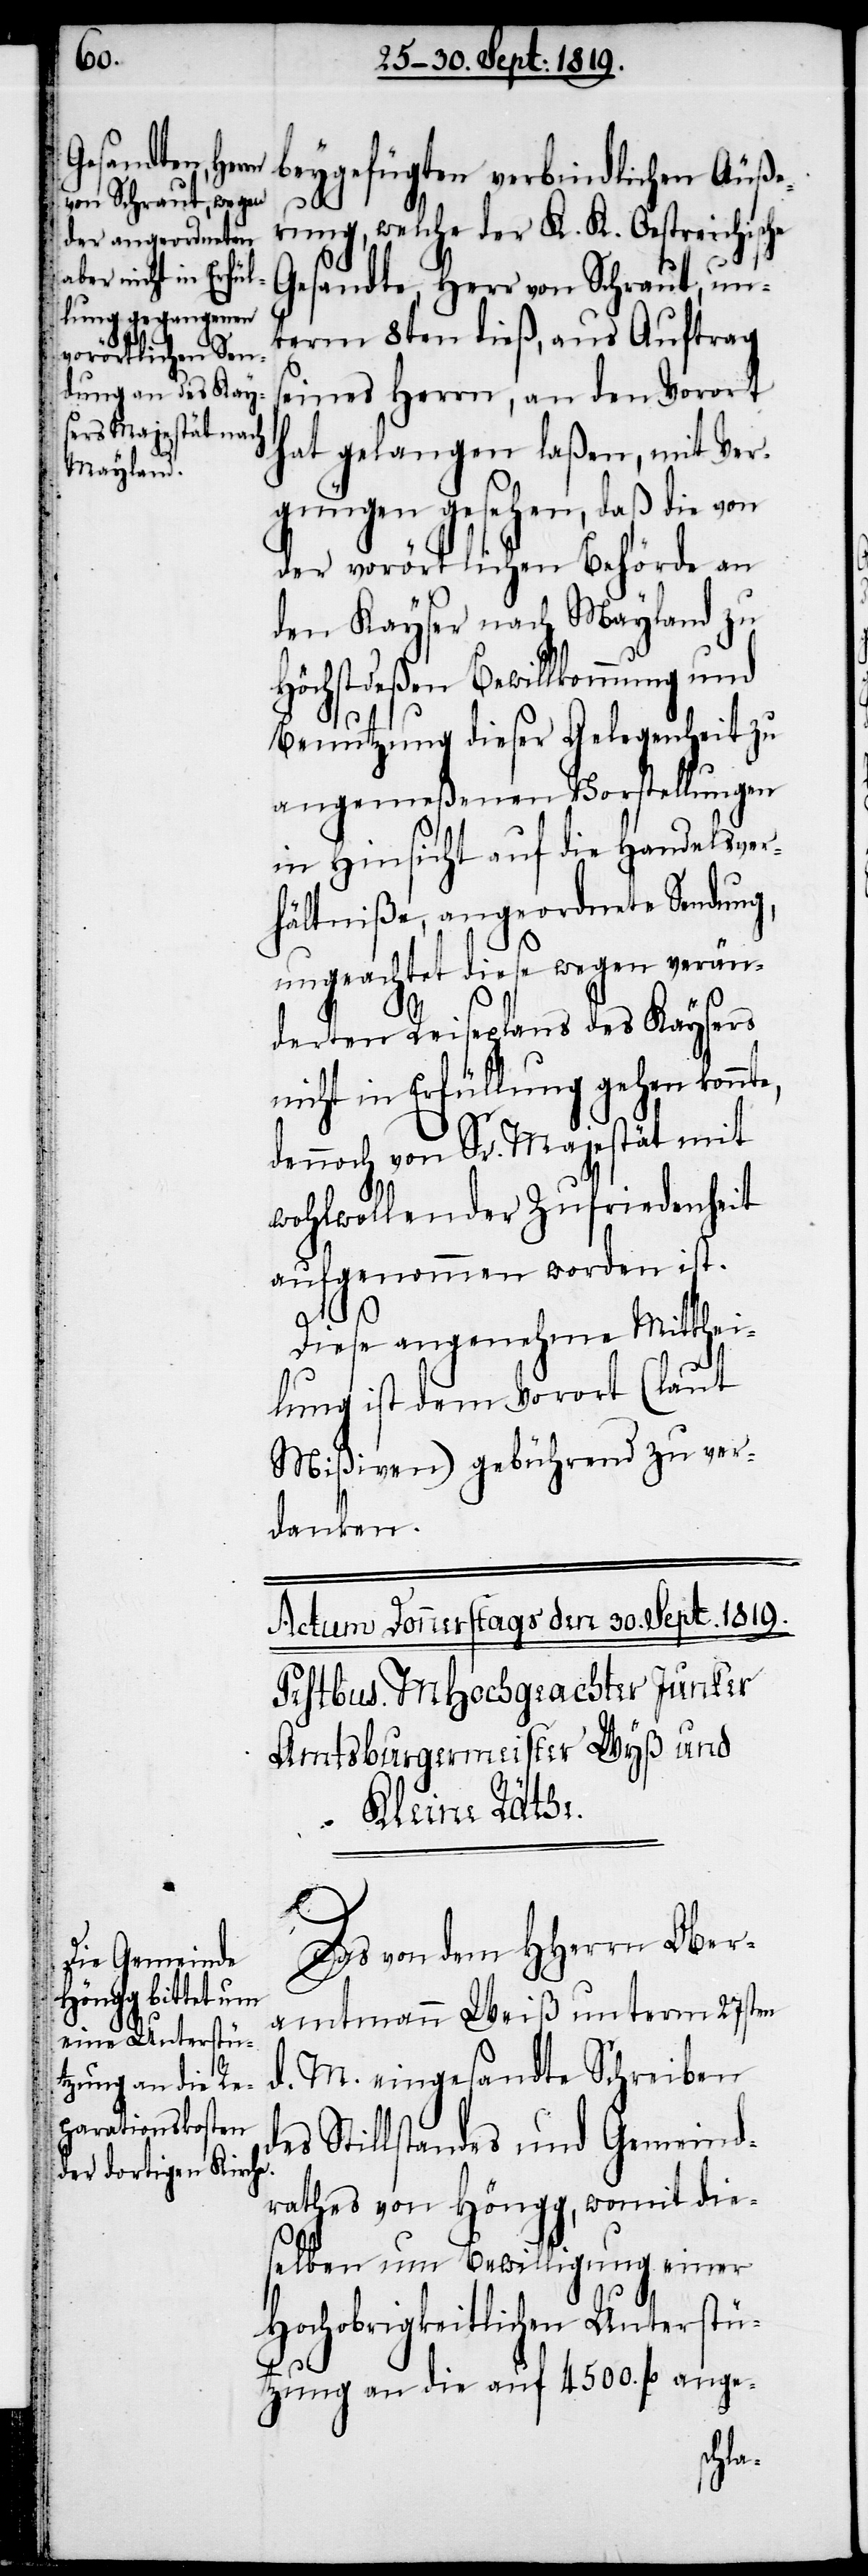
d¬

beygefügten verbindlichen Äuße¬
rung, welche der K. K. Oestreichische
Gesandte, Herr von Schraut, un¬
term 8ten dieß, aus Auftrag
seines Herrn, an den Vorort
hat gelangen laßen, mit Ver¬
gnügen gesehen, daß die von
der vorörtlichen Behörde an
den Kayser nach Mayland zu
Höchstdeßen Bewillkommung
Benutzung dieser Gelegenheit zu
angemeßenen Vorstellungen
in Hinsicht auf die Handelsver¬
hältniße, angeordnete Sendung,
ungeachtet diese wegen verän¬
derten Reiseplans des Kaysers
nicht in Erfüllung gehe konnt¬
dennoch von Sr. Majestät mit
wohlwollender Zufriedenheit
aufgenommen worden ist.
Diese angenehme Mitthei¬
lung ist dem Vorort (laut
Mißiven) gebührend zu ver¬
danken.
Das von dem HHerrn Ober¬
amtmann Weiß unterm 27sten
d. M. eingesandte Schreiben
es Stillstandes und Gemeind¬
rathes von Höngg, womit die¬
selben um Bewilligung einer
Hochobrigkeitlichen Unterstü¬
tzung an die auf 4500. fl. ange-